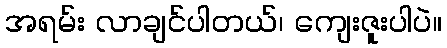
အရမ်း လာချင်ပါတယ်၊ ကျေးဇူးပါပဲ။